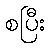
စပြီး